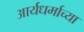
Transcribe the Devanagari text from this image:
आर्यधर्माच्या